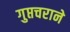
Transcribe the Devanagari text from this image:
गुप्तचराने